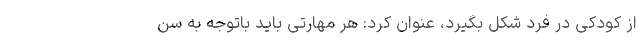
از کودکی در فرد شکل بگیرد، عنوان کرد: هر مهارتی باید باتوجه به سن